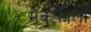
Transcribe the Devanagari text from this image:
मैकफीली